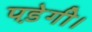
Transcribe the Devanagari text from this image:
पडे़गी।